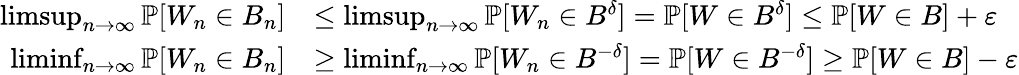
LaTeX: \begin{array}{rl}{\operatorname*{limsup}_{n\rightarrow\infty}\mathbb{P}[W_{n}\in B_{n}]}&{\leq\operatorname*{limsup}_{n\rightarrow\infty}\mathbb{P}[W_{n}\in B^{\delta}]=\mathbb{P}[W\in B^{\delta}]\leq\mathbb{P}[W\in B]+\varepsilon}\\ {\operatorname*{liminf}_{n\rightarrow\infty}\mathbb{P}[W_{n}\in B_{n}]}&{\geq\operatorname*{liminf}_{n\rightarrow\infty}\mathbb{P}[W_{n}\in B^{-\delta}]=\mathbb{P}[W\in B^{-\delta}]\geq\mathbb{P}[W\in B]-\varepsilon}\end{array}